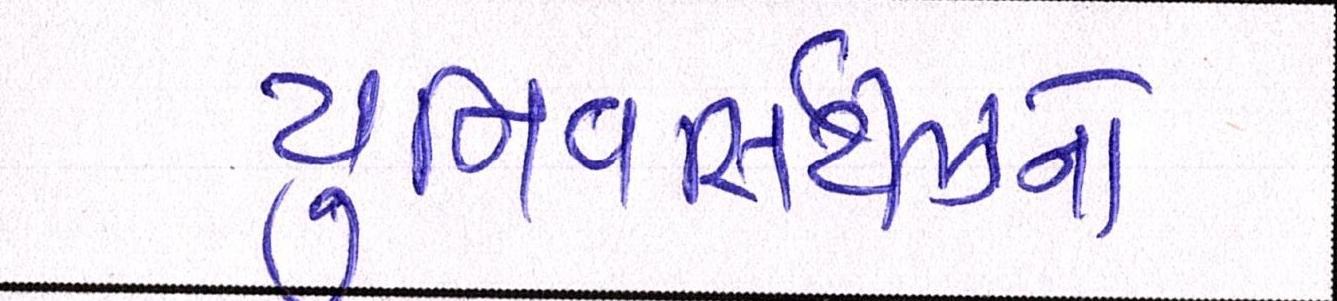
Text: યુનિવર્સિટીઝનો